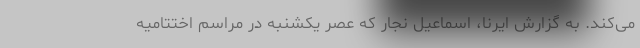
می‌کند. به گزارش ایرنا، اسماعیل نجار که عصر یکشنبه در مراسم اختتامیه